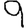
Digit: 9